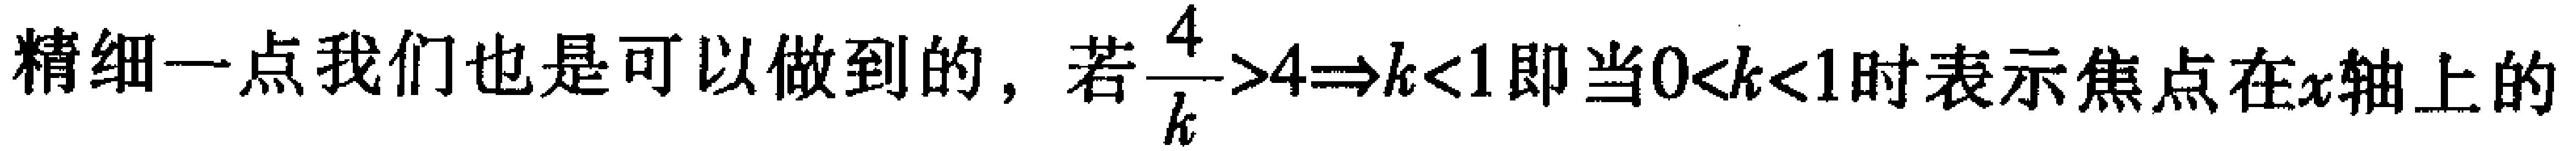
精细一点我们也是可以做到的，若$\frac{4}{k}>4\Rightarrow k<1$即当$0<k<1$时表示焦点在$x$轴上的